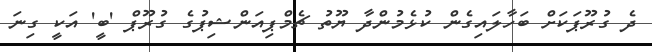
ދެ ގުރޫޕަކަށް ބަހާލައިގެން ކުޅެމުންދާ ޔޫތު ޗެމްޕިއަންޝިޕުގެ ގުރޫޕް 'ބީ' އަކީ ގިނަ